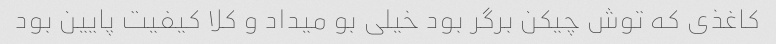
کاغذی که توش چیکن برگر بود خیلی بو میداد و کلا کیفیت پایین بود